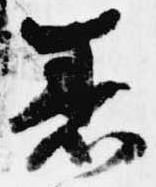
着